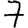
Digit: 7